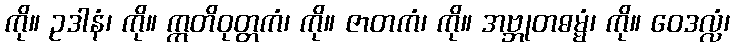
ကို။ ဥဒါနံ၊ ကို။ ဣတိဝုတ္တကံ၊ ကို။ ဇာတကံ၊ ကို။ အဗ္ဘုတဓမ္မံ၊ ကို။ ဝေဒလ္လံ၊